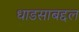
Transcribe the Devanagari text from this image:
धाडसाबद्दल